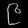
Digit: ၉